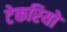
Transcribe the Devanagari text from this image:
टेकरियो